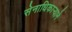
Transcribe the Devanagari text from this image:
सेनाधिकार्‍याने